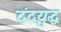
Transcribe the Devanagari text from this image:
द्वंदयुद्ध